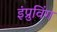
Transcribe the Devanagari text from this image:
इंप्रुविंग